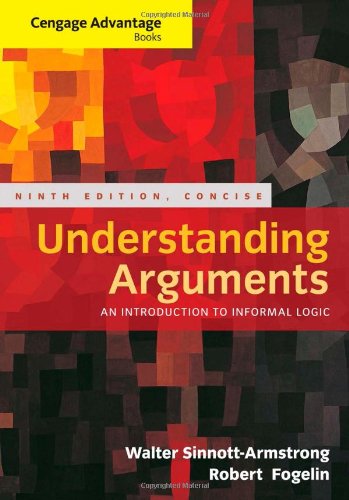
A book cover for Cengage Advantage Books: Understanding Arguments, Concise Edition; Walter Sinnott-Armstrong; Politics & Social Sciences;